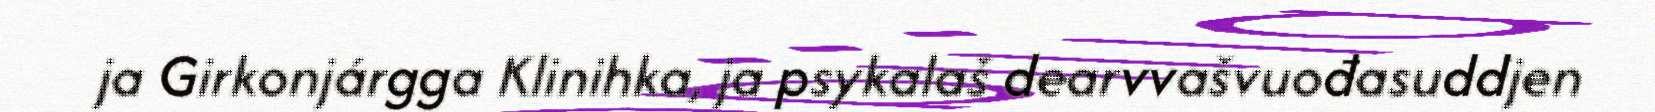
ja Girkonjárgga Klinihka, ja psykalaš dearvvašvuođasuddjen